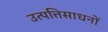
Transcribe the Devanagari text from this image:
उत्पत्तिसाधनों